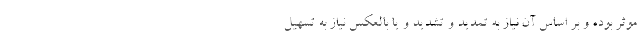
موثر بوده و بر اساس آن نیاز به تمدید و تشدید و یا بالعکس نیاز به تسهیل